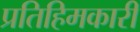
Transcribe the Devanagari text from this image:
प्रतिहिमकारी